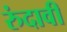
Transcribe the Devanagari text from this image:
रुंदावी